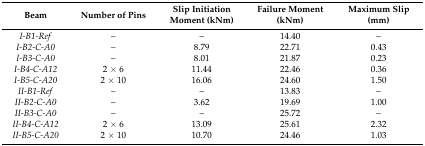
<table><thead><tr><td><b>Beam</b></td><td><b>Number of Pins</b></td><td><b>Slip Initiation Moment (kNm)</b></td><td><b>Failure Moment (kNm)</b></td><td><b>Maximum Slip (mm)</b></td></tr></thead><tbody><tr><td><i>I-B1-Ref</i></td><td>–</td><td>–</td><td>14.40</td><td>–</td></tr><tr><td><i>I-B2-C-A0</i></td><td>–</td><td>8.79</td><td>22.71</td><td>0.43</td></tr><tr><td><i>I-B3-C-A0</i></td><td>–</td><td>8.01</td><td>21.87</td><td>0.23</td></tr><tr><td><i>I-B4-C-A12</i></td><td>2 × 6</td><td>11.44</td><td>22.46</td><td>0.36</td></tr><tr><td><i>I-B5-C-A20</i></td><td>2 × 10</td><td>16.06</td><td>24.60</td><td>1.50</td></tr><tr><td><i>II-B1-Ref</i></td><td>–</td><td>–</td><td>13.83</td><td>–</td></tr><tr><td><i>II-B2-C-A0</i></td><td>–</td><td>3.62</td><td>19.69</td><td>1.00</td></tr><tr><td><i>II-B3-C-A0</i></td><td>–</td><td>–</td><td>25.72</td><td>–</td></tr><tr><td><i>II-B4-C-A12</i></td><td>2 × 6</td><td>13.09</td><td>25.61</td><td>2.32</td></tr><tr><td><i>II-B5-C-A20</i></td><td>2 × 10</td><td>10.70</td><td>24.46</td><td>1.03</td></tr></tbody></table>